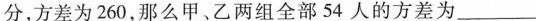
分，方差为260，那么甲、乙两组全部54人的方差为___